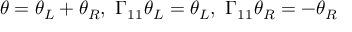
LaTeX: \theta = \theta _ { L } + \theta _ { R } , \ \Gamma _ { 1 1 } \theta _ { L } = \theta _ { L } , \ \Gamma _ { 1 1 } \theta _ { R } = - \theta _ { R }